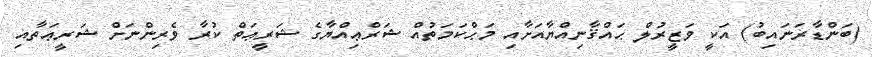
(ބަންޑާރަނައިބު) އަކީ ވަޒީރުލް ޙައްޤާނިއްޔާއަށާއި މަޙްކަމަތުއް ޝަރްޢިއްޔާގެ ޝަރީޢަތް ކުރާ ވެރިންނަށް ޝަރީޢަތާއި